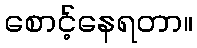
စောင့်နေရတာ။